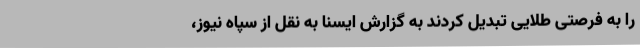
را به فرصتی طلایی تبدیل کردند به گزارش ایسنا به نقل از سپاه نیوز،